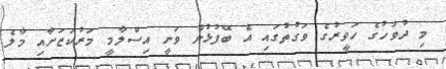
މި ދުވަހުގެ ހަވީރުގެ ވަގުތުގައި އެ ބޭފުޅުން ވަނީ އިސްލާމީ މަރުކަޒަށާއި މާލެ